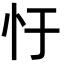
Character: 𢖳